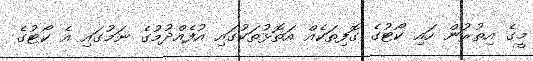
މީގެ އިތުރުން ހައި ކޯޓުގެ ގޮފިތަކެއް އަތޮޅުތަކުގައި އުފެއްދުމުގެ ނަމުގައި އެ ކޯޓުގެ